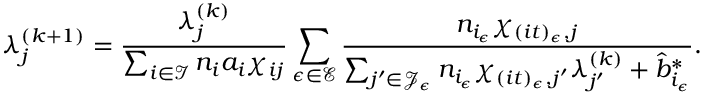
\lambda _ { j } ^ { ( k + 1 ) } = \frac { \lambda _ { j } ^ { ( k ) } } { \sum _ { i \in \mathcal { I } } { n _ { i } a _ { i } \chi _ { i j } } } \sum _ { \epsilon \in \mathcal { E } } { \frac { n _ { i _ { \epsilon } } \chi _ { ( i t ) _ { \epsilon } , j } } { \sum _ { j ^ { \prime } \in \mathcal { J } _ { \epsilon } } n _ { i _ { \epsilon } } \chi _ { ( i t ) _ { \epsilon } , j ^ { \prime } } \lambda _ { j ^ { \prime } } ^ { ( k ) } + \hat { b } _ { i _ { \epsilon } } ^ { * } } } .